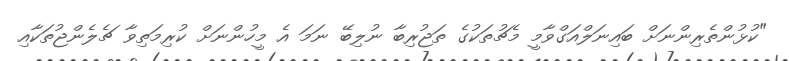
"ކުޅުންތެރިންނަށް ބައިނަލްއަގްވާމީ މެޗުތަކުގެ ތަޖުރިބާ ނުލިބޭ ނަމަ އެ މީހުންނަށް ކުރިމަތިވާ ޗެލެންޖުތަކާއި